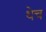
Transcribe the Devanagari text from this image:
थेच